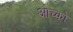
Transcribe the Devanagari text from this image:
ओच्को